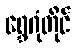
ရွှေဂုံတိုင်